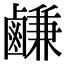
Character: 鹻